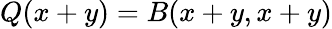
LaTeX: Q(x+y)=B(x+y,x+y)